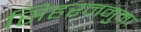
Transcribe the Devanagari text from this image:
सिहरननुमा